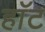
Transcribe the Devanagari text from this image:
हाॅट